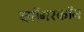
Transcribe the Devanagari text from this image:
व्लॉगरकॉन